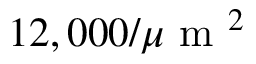
1 2 , 0 0 0 / \mu \mathrm { ~ m ~ } ^ { 2 }